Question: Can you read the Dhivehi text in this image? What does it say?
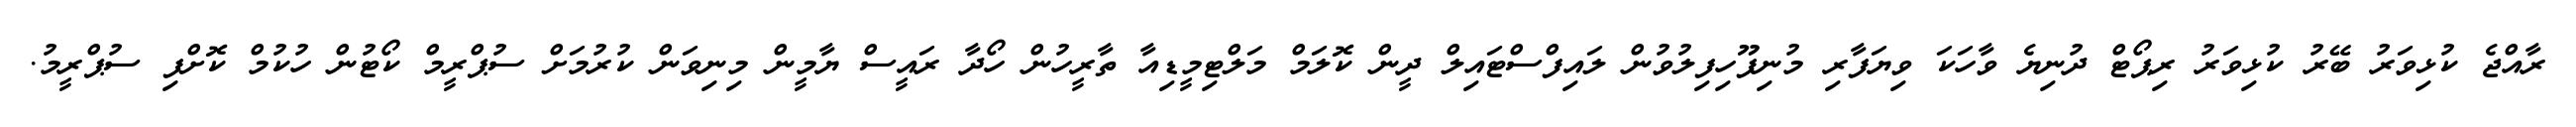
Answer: ރާއްޖެ ކުޅިވަރު ބޭރު ކުޅިވަރު ރިޕޯޓް ދުނިޔެ ވާހަކަ ވިޔަފާރި މުނިފޫހިފިލުވުން ލައިފްސްޓައިލް ދީން ކޮލަމް މަލްޓިމީޑިއާ ތާރީހުން ހޯދާ ރައީސް ޔާމީން މިނިވަން ކުރުމަށް ސުޕްރީމް ކޯޓުން ހުކުމް ކޮށްފި ސުޕްރީމު.